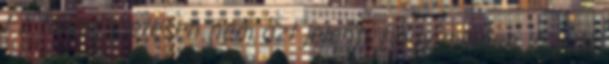
Ez természetesen nem azt jelenti, hogy minden jó írás